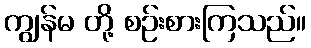
ကျွန်မ တို့ စဉ်းစားကြသည်။